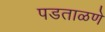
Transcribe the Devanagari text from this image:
पडताळणे